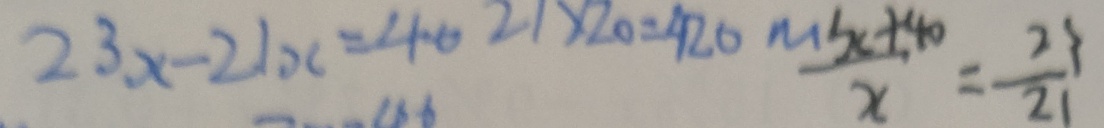
2 3 x - 2 1 x = 4 0 2 1 \times 2 0 = 4 2 0 \frac { x + 4 0 } { x } = \frac { 2 3 } { 2 1 }